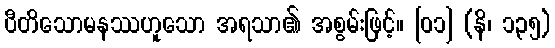
ပီတိသောမနဿဟူသော အရသာ၏ အစွမ်းဖြင့်။ [၀၁] (နိ၊ ၁၃၅)